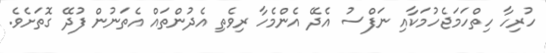
ހުރިހާ ހިތްހަމަޖެހުމަކާއި ނަފްސު އެދޭ އެންމެހާ ރިވެތި އެދުންތައް އެތަނުން ފުދޭ ގޮތަށެވެ.